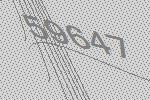
59647